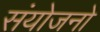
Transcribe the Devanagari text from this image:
संयोजनो